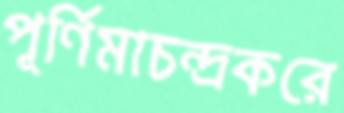
পূর্ণিমাচন্দ্রকরে